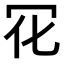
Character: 𠕿